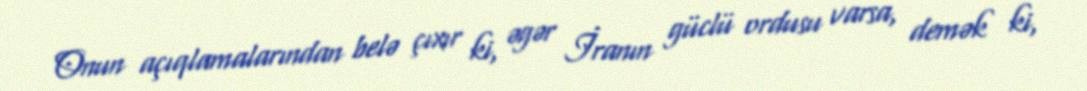
Onun açıqlamalarından belə çıxır ki, əgər İranın güclü ordusu varsa, demək ki,